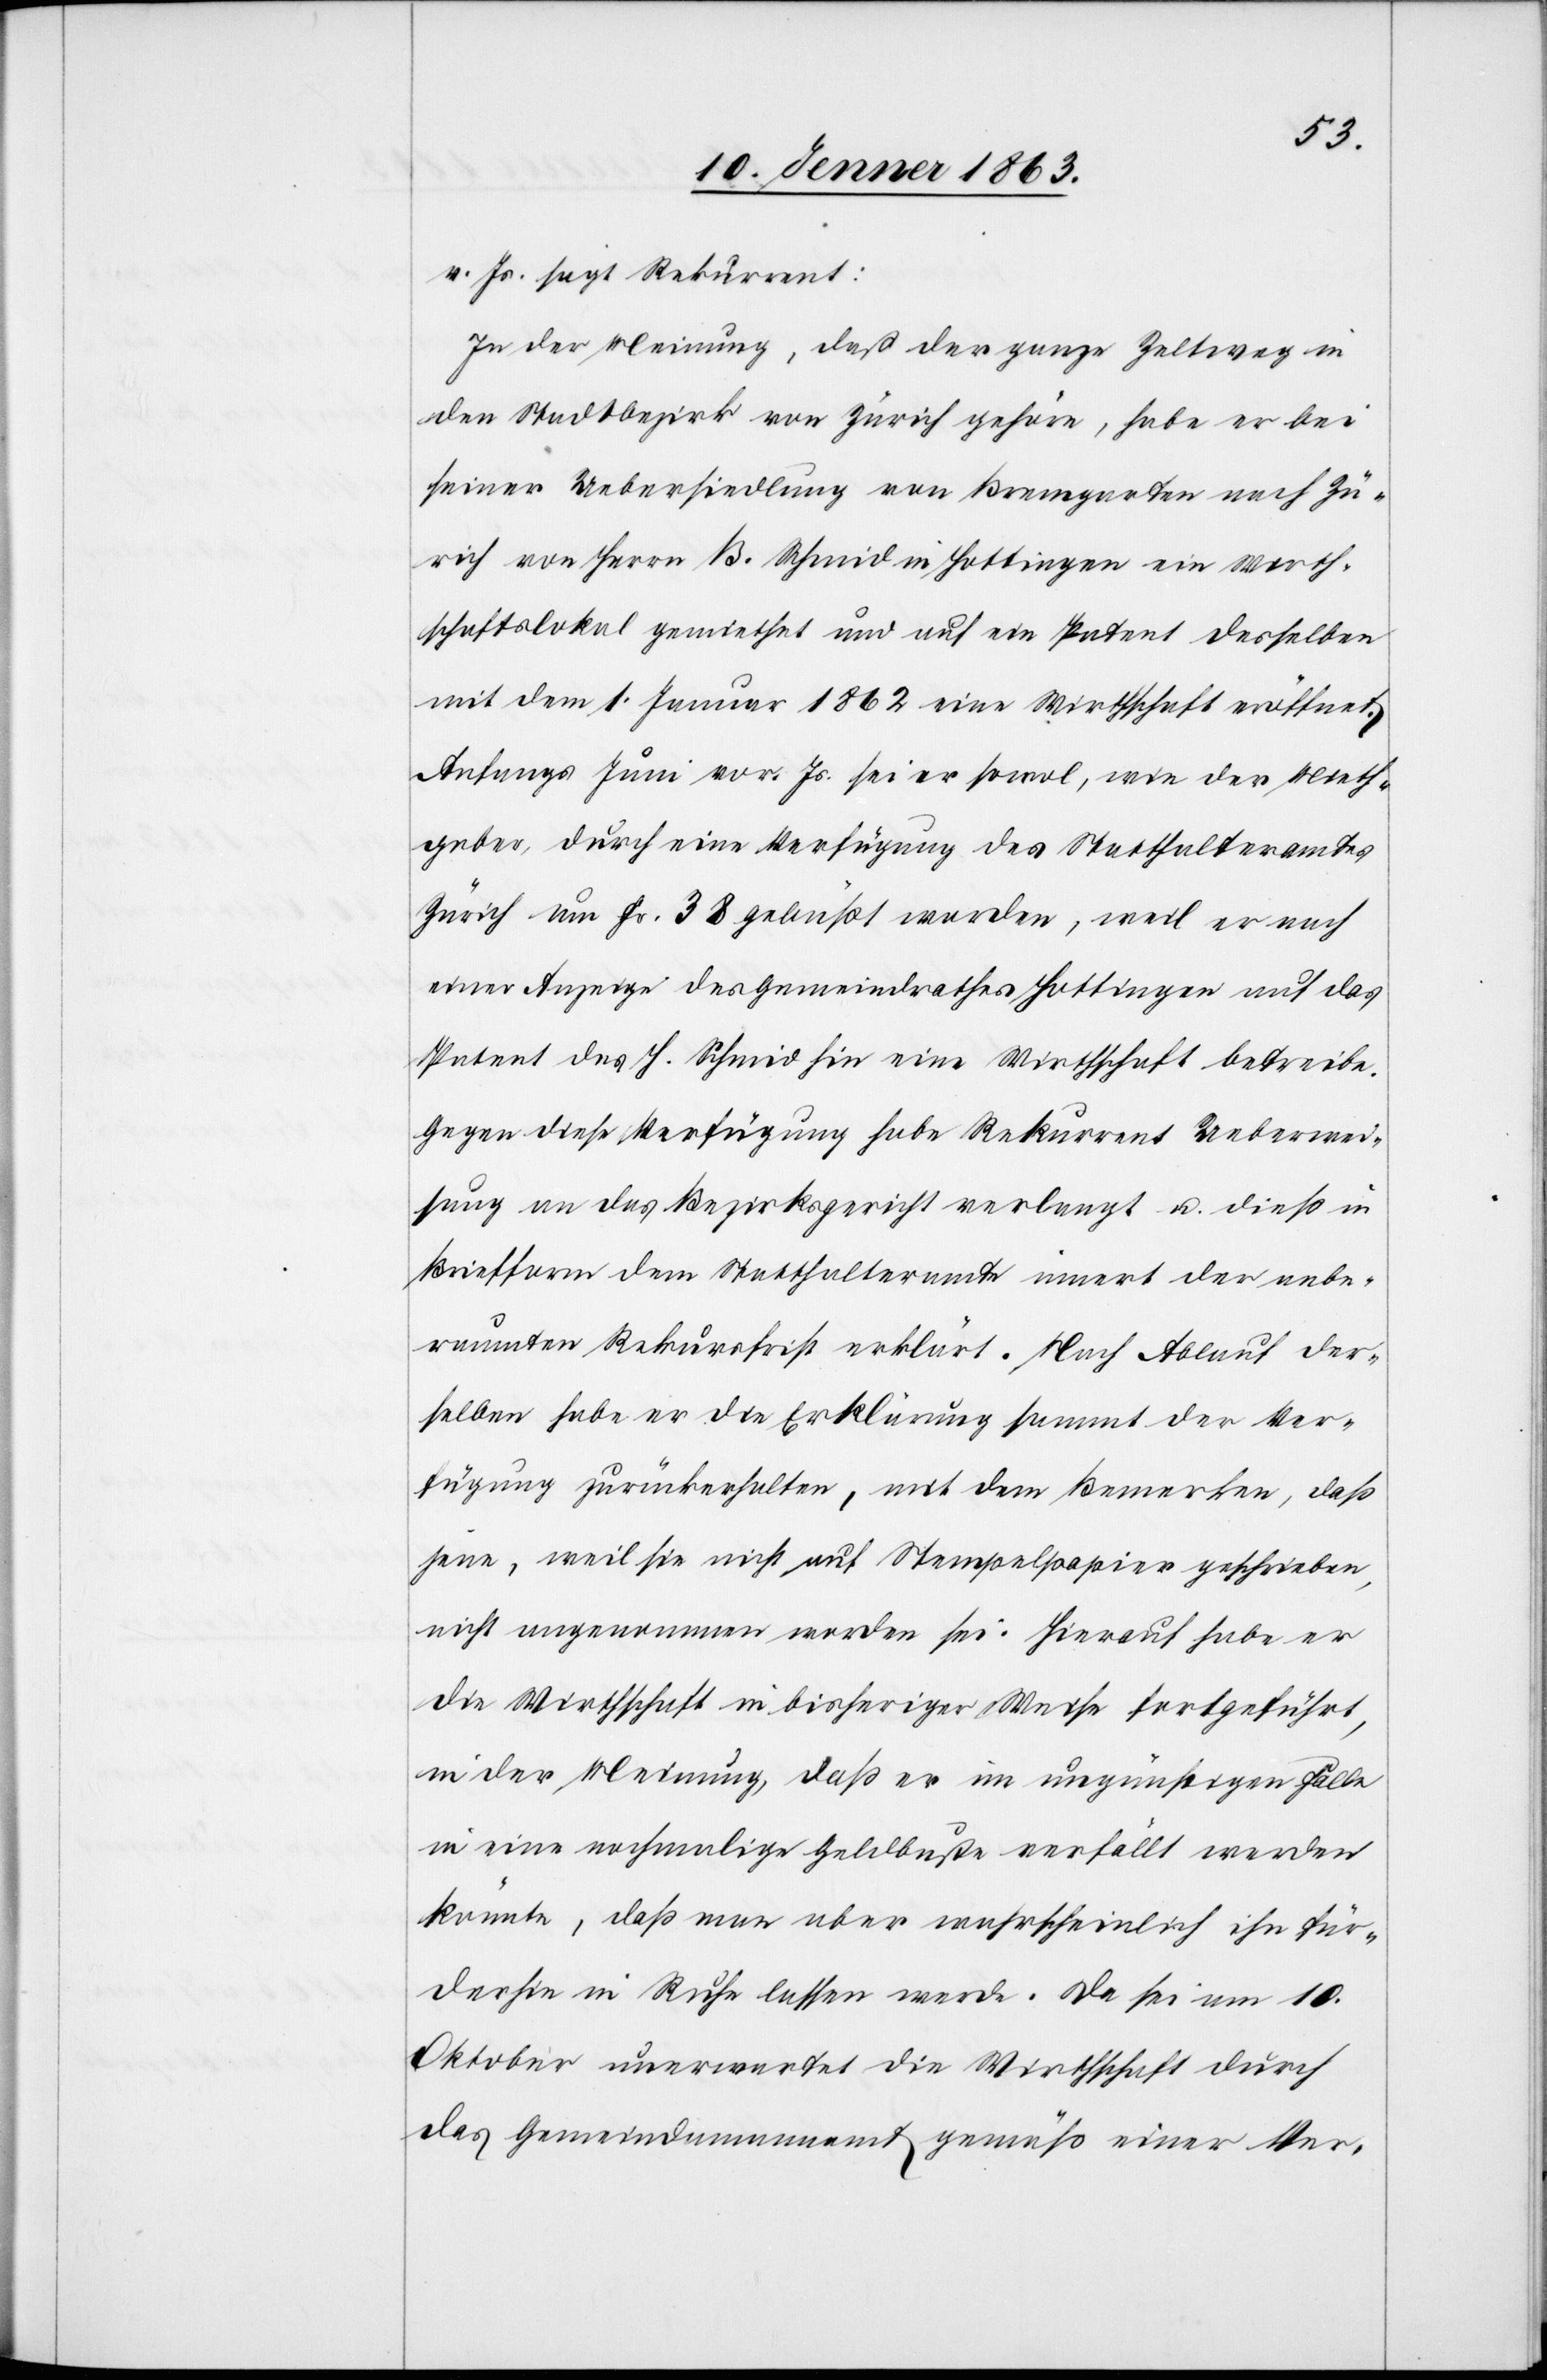
v. Js. sagt Rekurrent:
In der Meinung, daß der ganze Zeltweg in
den Stadtbezirk von Zürich gehöre, habe er bei
seiner Uebersiedlung von Bremgarten nach Zü¬
rich von Herrn B. Schmid in Hottingen ein Wirth¬
schaftslokal gemiethet und auf ein Patent desselben
mit dem 1. Januar 1862 eine Wirthschaft eröffnet.
Anfangs Juni vor. Js. sei er sowol, wie der Mieth¬
geber, durch eine Verfügung des Statthalteramtes
Zürich um Fr. 38 gebüßt worden, weil er nach
einer Anzeige des Gemeindrathes Hottingen auf das
Patent des J. Schmid hin eine Wirthschaft betreibe.
Gegen diese Verfügung habe Rekurrent Ueberwei¬
sung an das Bezirksgericht verlangt u. dieß in
Briefform dem Statthalteramte innert der anbe¬
raumten Rekursfrist erklärt. Nach Ablauf der¬
selben habe es die Erklärung sammt der Ver¬
fügung zurückerhalten, mit dem Bemerken, daß
jene, weil sie nicht auf Stempelpapier geschrieben,
nicht angenommen worden sei. Hierauf habe er
die Wirthschaft in bisheriger Weise fortgeführt,
in der Meinung, daß er im ungünstigen Falle
in eine nochmalige Geldbuße verfällt werden
könnte, daß man aber wahrscheinlich ihn für¬
derhin in Ruhe lassen werde. Da sei am 10.
Oktober unerwartet die Wirthschaft durch
das Gemeindamanamt [sic!] gemäß einer Ver-